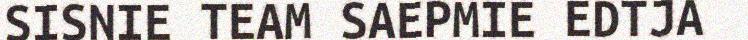
SISNIE TEAM SAEPMIE EDTJA